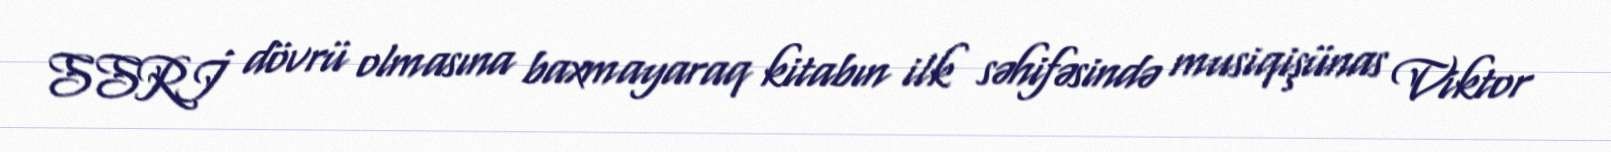
SSRİ dövrü olmasına baxmayaraq kitabın ilk səhifəsində musiqişünas Viktor